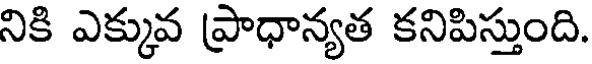
నికి ఎక్కువ ప్రాధాన్యత కనిపిస్తుంది.